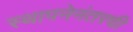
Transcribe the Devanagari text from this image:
स्थापनेनंतरची